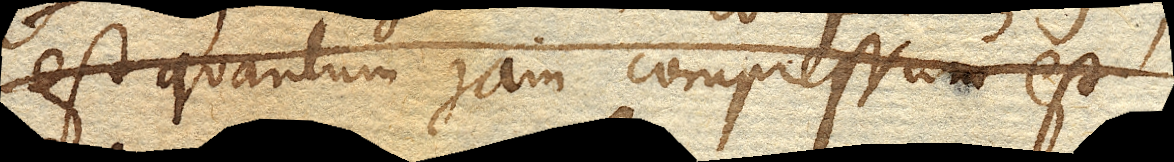
est quantum jam compressum est